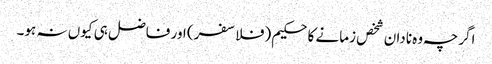
اگرچہ وہ نادان شخص زمانے کا حکیم (فلاسفر) اور فاضل ہی کیوں نہ ہو۔